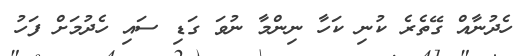
ހެދުނާއް ގޭތެރެ ކުނި ކަހާ ނިންމާ ނުވަ ގަޑި ސައި ހެދުމަށް ފަހު